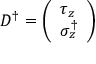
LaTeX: D ^ { \dagger } = \left( \begin{array} { l } { { \tau _ { z } } } \\ { { \sigma _ { z } ^ { \dagger } } } \end{array} \right)